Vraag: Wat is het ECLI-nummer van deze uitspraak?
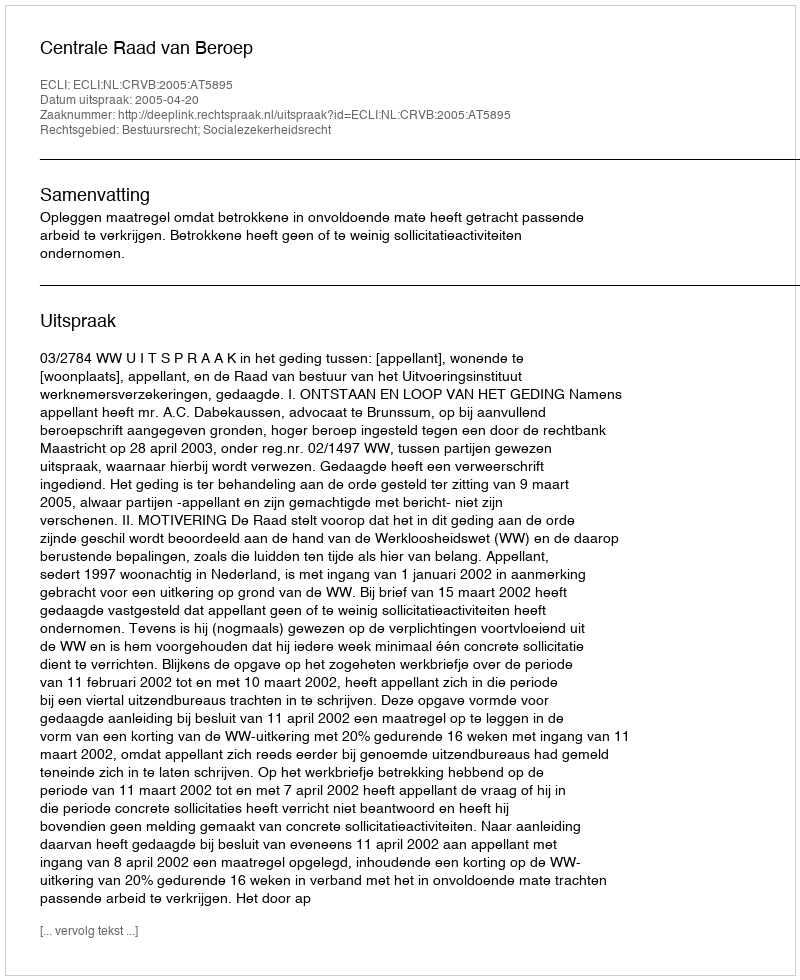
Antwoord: ECLI:NL:CRVB:2005:AT5895